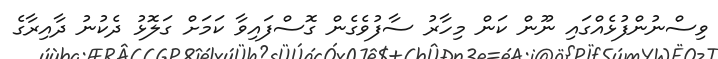
ވިސްނުންފުޅެއްގައި ނޫން ކަން މިހާރު ސާފުވެގެން ގޮސްފައިވާ ކަމަށް ގަލޮޅު ދެކުނު ދާއިރާގެ